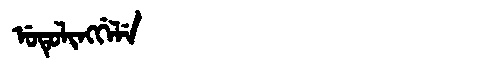
Manchu: ᡠᡨᡠᠯᡳᠩᡤᡝᠯᡝ
Romanization: UTULINGGELE